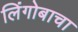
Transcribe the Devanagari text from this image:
लिंगोबाचा